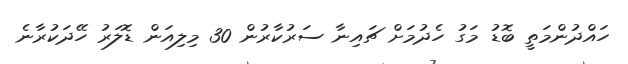
ހައްދުންމަތީ ބޮޑު މަގު ހެދުމަށް ޗައިނާ ސަރުކާރުން 30 މިލިއަން ޑޮލަރު ހޭދަކުރާނެ